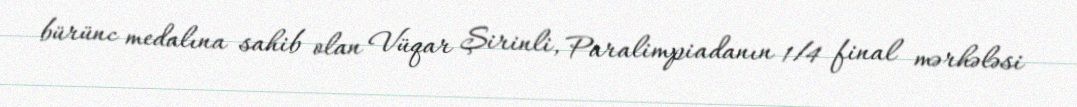
bürünc medalına sahib olan Vüqar Şirinli, Paralimpiadanın 1/4 final mərhələsi